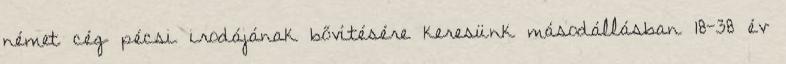
német cég pécsi irodájának bővítésére keresünk másodállásban 18-38 év